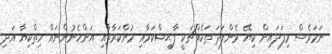
ނަމަވެސް މިފަދައިން ކިޔޭ ޅެންފަދަ ތަކެއްޗަކީ ފާޙިޝްކަމާއި މުންކަރާތާއި އަންހެނުންނައް ހިތްކިޔާ އަދި